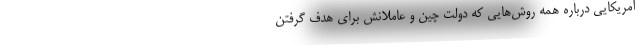
آمریکایی درباره همه روش‌هایی که دولت چین و عاملانش برای هدف گرفتن